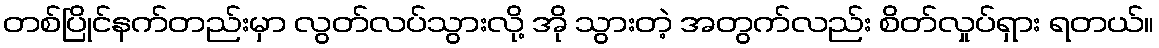
တစ်ပြိုင်နက်တည်းမှာ လွတ်လပ်သွားလို့ အို သွားတဲ့ အတွက်လည်း စိတ်လှုပ်ရှား ရတယ်။